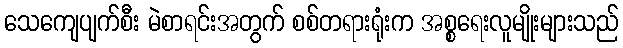
သေကျေပျက်စီး မဲစာရင်းအတွက် စစ်တရားရုံးက အစ္စရေးလူမျိုးများသည်